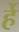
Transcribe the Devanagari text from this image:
र्हे